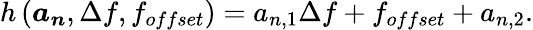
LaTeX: h\left(\boldsymbol{a_{n}},\Delta f,f_{offset}\right)=a_{n,1}\Delta f+f_{offset}+a_{n,2}.